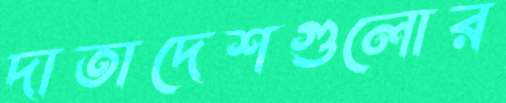
দাতাদেশগুলোর